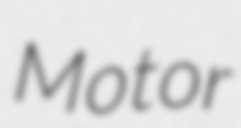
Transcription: Motor